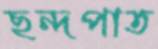
ছন্দপাত